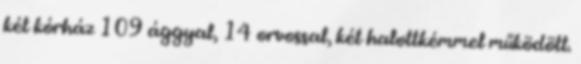
két kórház 109 ággyal, 14 orvossal, két halottkémmel működött.